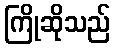
ကြိုဆိုသည်